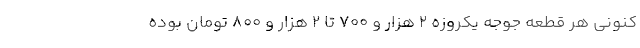
کنونی هر قطعه جوجه یکروزه ۲ هزار و ۷۰۰ تا ۲ هزار و ۸۰۰ تومان بوده